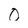
Character: 0